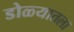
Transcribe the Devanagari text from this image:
डोळ्यातला